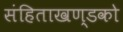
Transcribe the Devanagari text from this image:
संहिताखण्डको